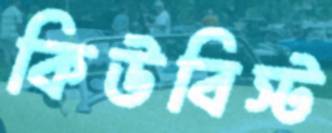
কিউবিস্ট